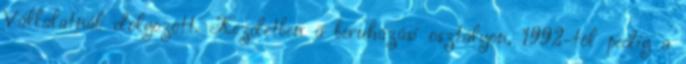
Vállalatnál dolgozott. Kezdetben a beruházási osztályon, 1992-tôl pedig a